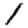
Digit: 1